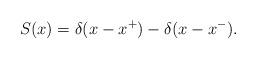
LaTeX: \begin{align*} S(x) =\delta(x-{x^+}) - \delta(x-{x^-}).\end{align*}